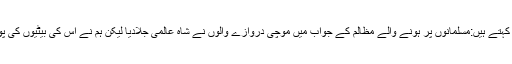
حافظ معراج دین کہتے ہیں:مسلمانوں پر ہونے والے مظالم کے جواب میں موچی دروازے والوں نے شاہ عالمی جلادیا لیکن ہم نے اس کی بیٹیوں کی پوری حفاظت کی۔